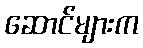
ဆောင်များက